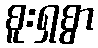
စူးရှစွာ